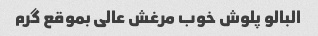
البالو پلوش خوب مرغش عالی بموقع گرم